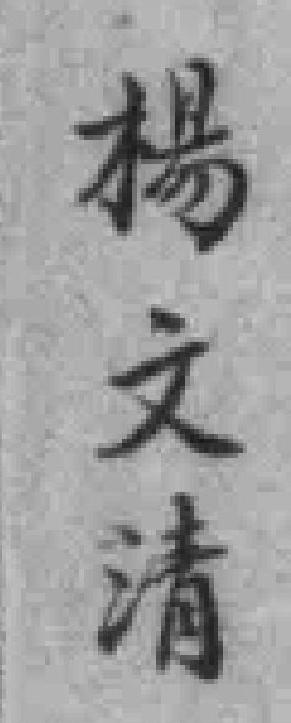
楊文清